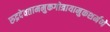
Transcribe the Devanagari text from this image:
रुद्रदेवताममुकगोत्रायामुकशर्मणे